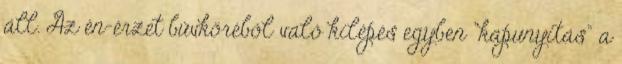
áll. Az én-érzet bűvköréből való kilépés egyben "kapunyitás" a